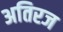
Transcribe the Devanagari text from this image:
अतिरज